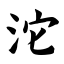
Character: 沱